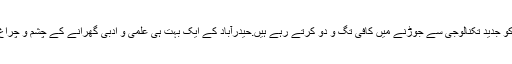
ادب کو جدید تکنالوجی سے جوڑنے میں کافی تگ و دو کرتے رہے ہیں.حیدرآباد کے ایک بہت ہی علمی و ادبی گھرانے کے چشم و چراغ ہیں۔